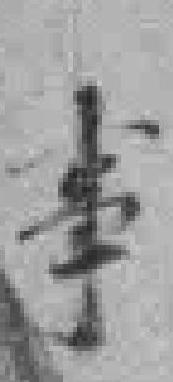
事